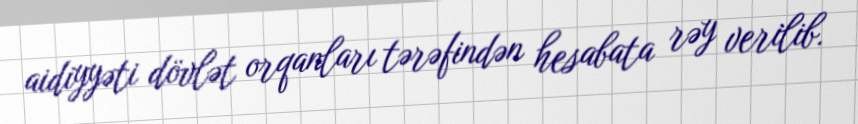
aidiyyəti dövlət orqanları tərəfindən hesabata rəy verilib.